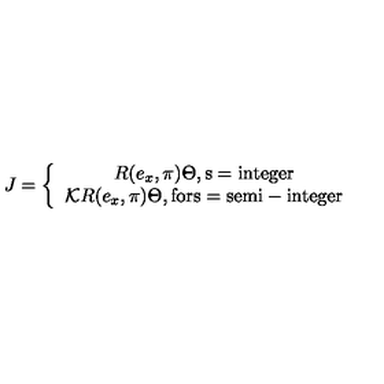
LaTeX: J = \left\{ \begin{array} { c } { R ( e _ { x } , \pi ) \Theta , \mathrm { s = i n t e g e r } } \\ { { \cal K } R ( e _ { x } , \pi ) \Theta , \mathrm { f o r s = s e m i - i n t e g e r } } \\ \end{array} \right.